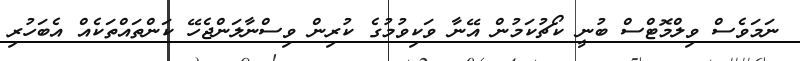
ނަމަވެސް ވިލްމޮޓްސް ބުނީ ކޯޗުކަމުން އޭނާ ވަކިވުމުގެ ކުރިން ވިސްނާލަންޖެހޭ ކަންތައްތަކެއް އެބަހުރި